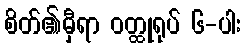
စိတ်၏မှီရာ ဝတ္ထုရုပ် ၆-ပါး